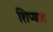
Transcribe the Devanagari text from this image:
शिप्घात